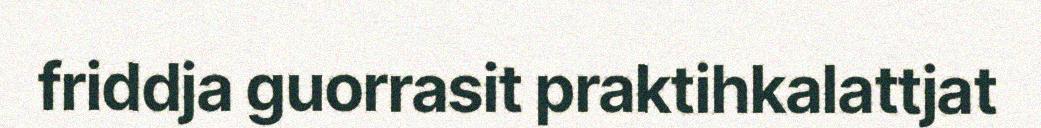
friddja guorrasit praktihkalattjat